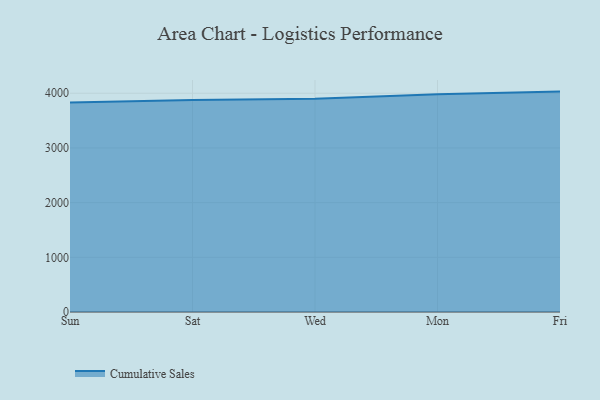
{"axis": {"x": "Day", "y": "Operating Costs (USD K)"}, "legend": ["Cumulative Sales"], "data": [{"x": "Sun", "y": 3828.6, "type": "Cumulative Sales"}, {"x": "Sat", "y": 3876.9, "type": "Cumulative Sales"}, {"x": "Wed", "y": 3900.8, "type": "Cumulative Sales"}, {"x": "Mon", "y": 3982.1, "type": "Cumulative Sales"}, {"x": "Fri", "y": 4030.2, "type": "Cumulative Sales"}]}